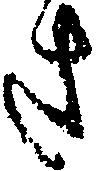
さ